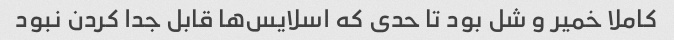
کاملا خمیر و شل بود تا حدی که اسلایس‌ها قابل جدا کردن نبود